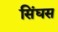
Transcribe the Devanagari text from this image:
सिंघस